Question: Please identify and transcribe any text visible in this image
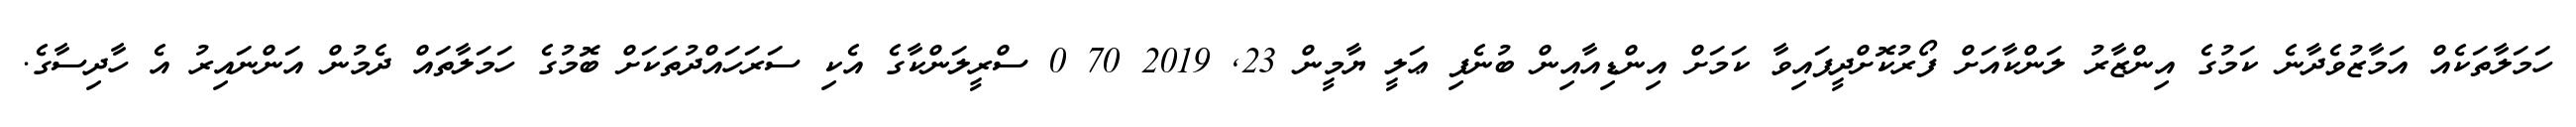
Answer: ހަމަލާތަކެއް އަމާޒުވެދާނެ ކަމުގެ އިންޒާރު ލަންކާއަށް ފޯރުކޮށްދީފައިވާ ކަމަށް އިންޑިއާއިން ބުނެފި ޢަލީ ޔާމީން 23, 2019 70 0 ސްރީލަންކާގެ އެކި ސަރަހައްދުތަކަށް ބޮމުގެ ހަމަލާތައް ދެމުން އަންނައިރު އެ ހާދިސާގެ.